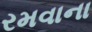
રમવાના